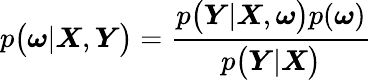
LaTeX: p\big(\boldsymbol{\omega}|\boldsymbol{X},\boldsymbol{Y}\big)=\frac{p\big(\boldsymbol{Y}|\boldsymbol{X},\boldsymbol{\omega}\big)p(\boldsymbol{\omega})}{p\big(\boldsymbol{Y}|\boldsymbol{X}\big)}